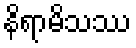
နိရာမိသဿ